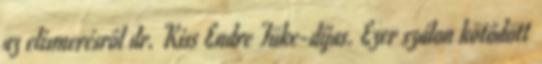
az elismerésrôl dr. Kiss Endre Tüke-díjas. Ezer szálon kötôdött